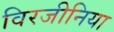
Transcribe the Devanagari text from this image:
विरजीनिया